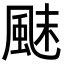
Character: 𩗂